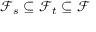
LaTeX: { \mathcal { F } } _ { s } \subseteq { \mathcal { F } } _ { t } \subseteq { \mathcal { F } }